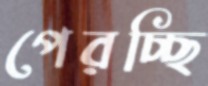
পেরচ্ছি